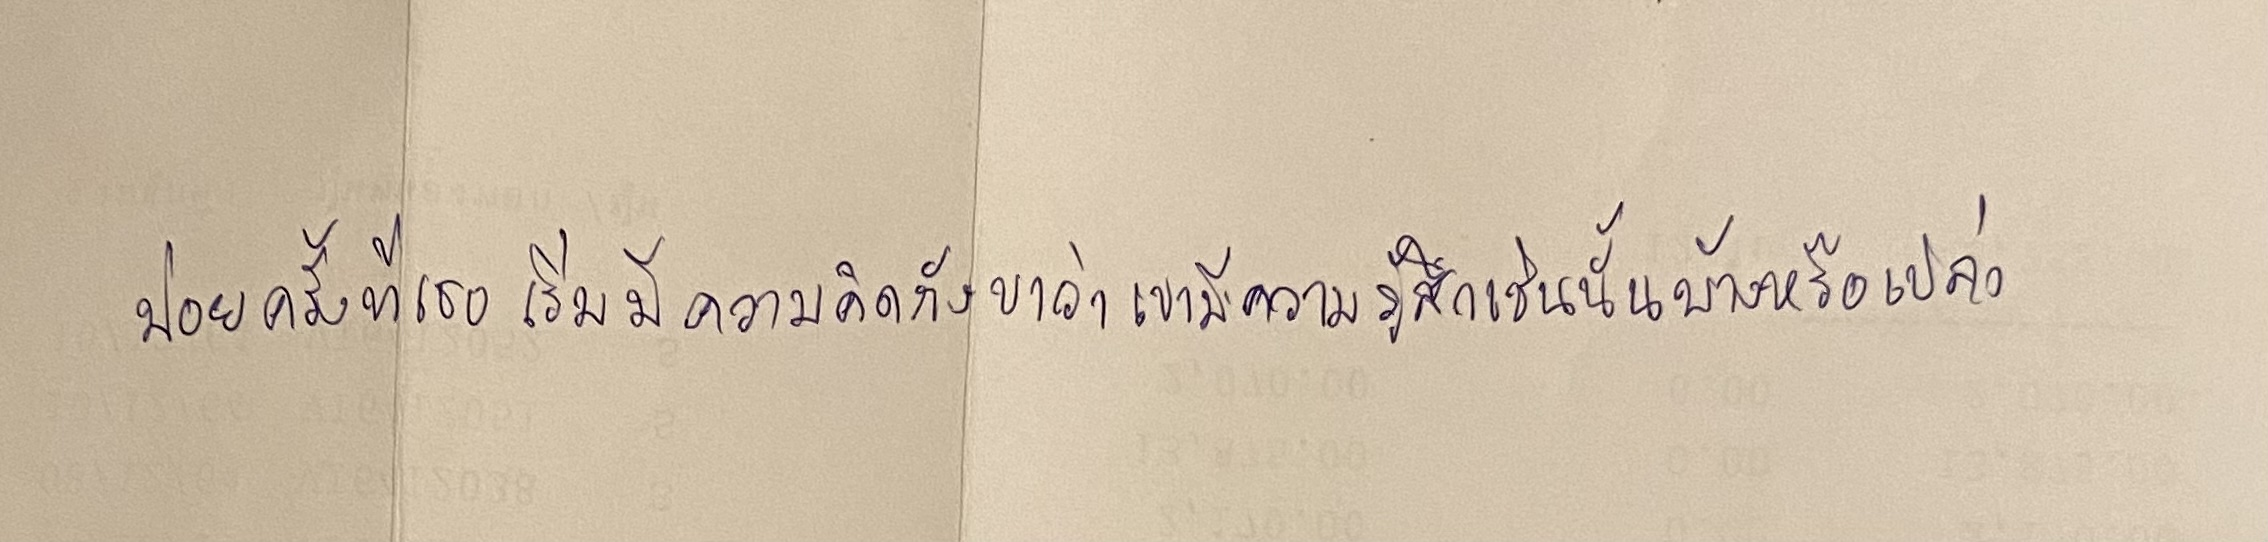
บ่อยครั้งที่เธอเริ่มมีความคิดกังขาว่าเขามีความรู้สึกเช่นนั้นตอบสนองเธอบ้างหรือเปล่า